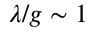
\lambda / g \sim 1